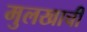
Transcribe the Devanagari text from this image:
मुलखाची